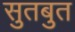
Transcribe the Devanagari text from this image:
सुतबुत